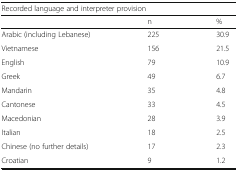
<table><thead><tr><td colspan="3"><b>Recorded language and interpreter provision</b></td></tr><tr><td></td><td><b>n</b></td><td><b>%</b></td></tr></thead><tbody><tr><td>Arabic (including Lebanese)</td><td>225</td><td>30.9</td></tr><tr><td>Vietnamese</td><td>156</td><td>21.5</td></tr><tr><td>English</td><td>79</td><td>10.9</td></tr><tr><td>Greek</td><td>49</td><td>6.7</td></tr><tr><td>Mandarin</td><td>35</td><td>4.8</td></tr><tr><td>Cantonese</td><td>33</td><td>4.5</td></tr><tr><td>Macedonian</td><td>28</td><td>3.9</td></tr><tr><td>Italian</td><td>18</td><td>2.5</td></tr><tr><td>Chinese (no further details)</td><td>17</td><td>2.3</td></tr><tr><td>Croatian</td><td>9</td><td>1.2</td></tr></tbody></table>